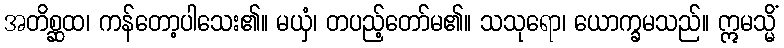
အတိစ္ဆထ၊ ကန်တော့ပါသေး၏။ မယှံ၊ တပည့်တော်မ၏။ သသုရော၊ ယောက္ခမသည်။ ဣမသ္မိံ